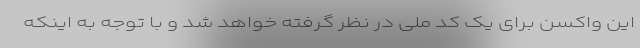
این واکسن برای یک کد ملی در نظر گرفته خواهد شد و با توجه به اینکه